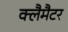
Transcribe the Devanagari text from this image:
क्लैमैटर